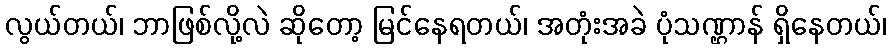
လွယ်တယ်၊ ဘာဖြစ်လို့လဲ ဆိုတော့ မြင်နေရတယ်၊ အတုံးအခဲ ပုံသဏ္ဌာန် ရှိနေတယ်၊